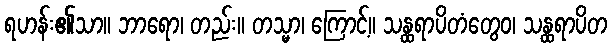
ရဟန်း၏သာ။ ဘာရော၊ တည်း။ တသ္မာ၊ ကြောင့်။ သန္ထရာပိတံတွေဝ၊ သန္ထရာပိတ